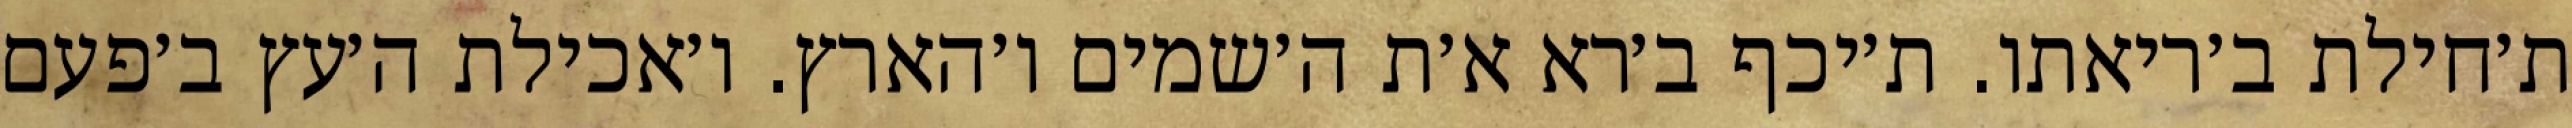
ת׳חילת ב׳ריאתו. ת׳יכף ב׳רא א׳ת ה׳שמים ו׳הארץ. ו׳אכילת ה׳עץ ב׳פעם